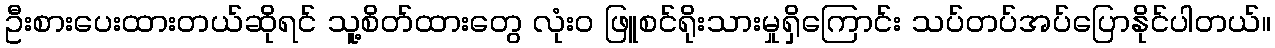
ဦးစားပေးထားတယ်ဆိုရင် သူ့စိတ်ထားတွေ လုံးဝ ဖြူစင်ရိုးသားမှုရှိကြောင်း သပ်တပ်အပ်ပြောနိုင်ပါတယ်။